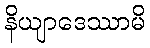
နိယျာဒေဿာမိ